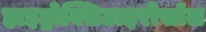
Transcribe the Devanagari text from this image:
हाइड्रोक्सिटाइरोसॉल